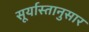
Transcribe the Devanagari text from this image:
सूर्यास्तानुसार